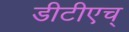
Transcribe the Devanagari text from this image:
डीटीएच्‌